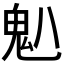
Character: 𫙈